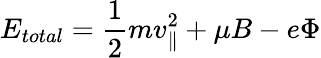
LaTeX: E_{total}=\frac{1}{2}mv_{\parallel}^{2}+\mu B-e\Phi